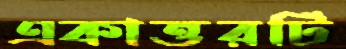
একাত্তরটি